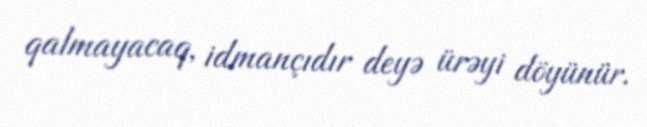
qalmayacaq, idmançıdır deyə ürəyi döyünür.